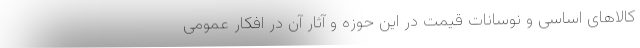
کالاهای اساسی و نوسانات قیمت در این حوزه و آثار آن در افکار عمومی